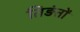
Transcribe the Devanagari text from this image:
तिङंतों